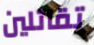
تقاتلين